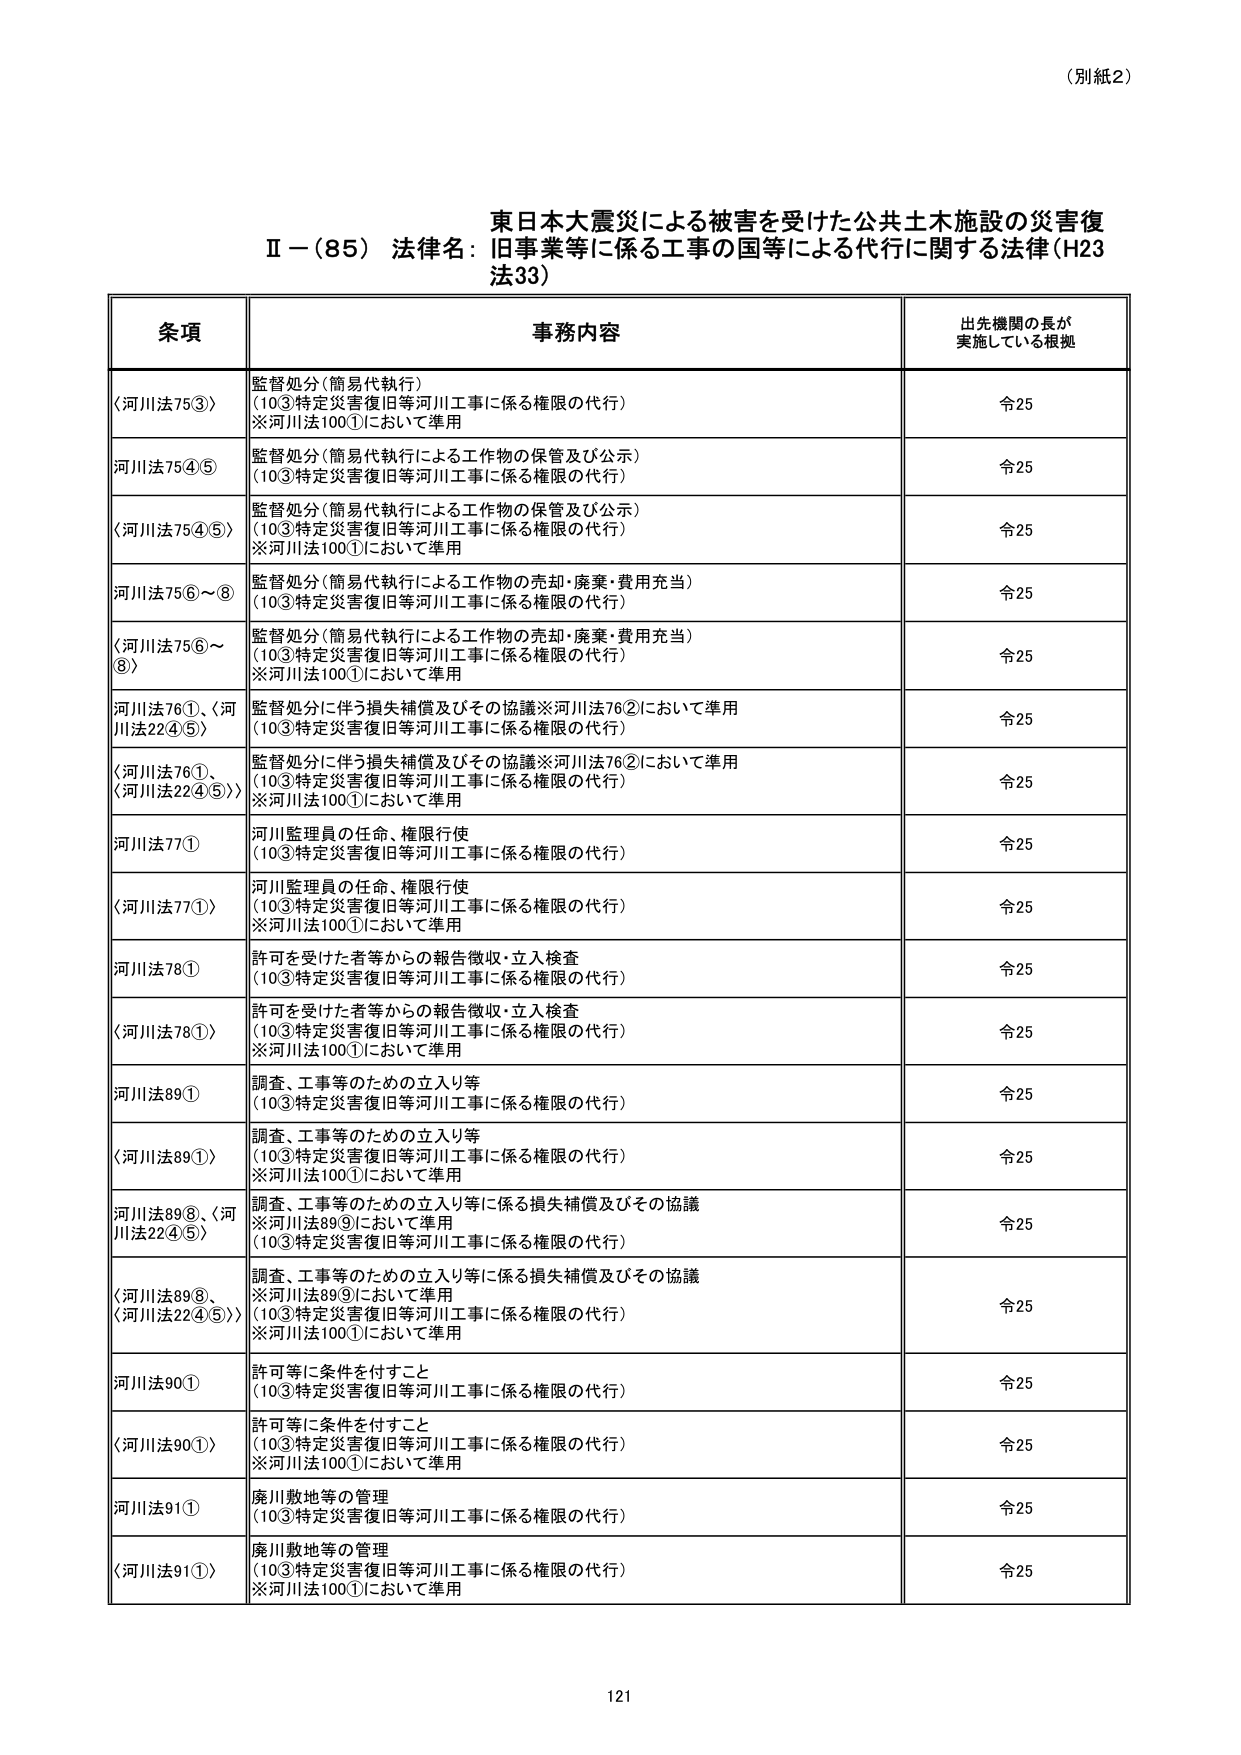
（別紙2）

東日本大震災による被害を受けた公共土木施設の災害復
Ⅱ－（85）法律名：旧事業等に係る工事の国等による代行に関する法律（H23
法33）

条項 事務内容 出先機関の長が
実施している根拠

〈河川法75③〉 監督処分（簡易代執行）
（10③特定災害復旧等河川工事に係る権限の代行）
※河川法100①において準用 令25

河川法75④⑤ 監督処分（簡易代執行による工作物の保管及び公示）
（10③特定災害復旧等河川工事に係る権限の代行） 令25

〈河川法75④⑤〉 監督処分（簡易代執行による工作物の保管及び公示）
（10③特定災害復旧等河川工事に係る権限の代行）
※河川法100①において準用 令25

河川法75⑥～⑧ 監督処分（簡易代執行による工作物の売却・廃棄・費用充当）
（10③特定災害復旧等河川工事に係る権限の代行） 令25

〈河川法75⑥～
⑧〉 監督処分（簡易代執行による工作物の売却・廃棄・費用充当）
（10③特定災害復旧等河川工事に係る権限の代行）
※河川法100①において準用 令25

河川法76①、〈河
川法22④⑤〉 監督処分に伴う損失補償及びその協議※河川法76②において準用
（10③特定災害復旧等河川工事に係る権限の代行） 令25

〈河川法76①、
〈河川法22④⑤〉〉 監督処分に伴う損失補償及びその協議※河川法76②において準用
（10③特定災害復旧等河川工事に係る権限の代行）
※河川法100①において準用 令25

河川法77① 河川監理員の任命、権限行使
（10③特定災害復旧等河川工事に係る権限の代行） 令25

〈河川法77①〉 河川監理員の任命、権限行使
（10③特定災害復旧等河川工事に係る権限の代行）
※河川法100①において準用 令25

河川法78① 許可を受けた者等からの報告徴収・立入検査
（10③特定災害復旧等河川工事に係る権限の代行） 令25

〈河川法78①〉 許可を受けた者等からの報告徴収・立入検査
（10③特定災害復旧等河川工事に係る権限の代行）
※河川法100①において準用 令25

河川法89① 調査、工事等のための立入り等
（10③特定災害復旧等河川工事に係る権限の代行） 令25

〈河川法89①〉 調査、工事等のための立入り等
（10③特定災害復旧等河川工事に係る権限の代行）
※河川法100①において準用 令25

河川法89⑧、〈河
川法22④⑤〉 調査、工事等のための立入り等に係る損失補償及びその協議
※河川法89⑨において準用
（10③特定災害復旧等河川工事に係る権限の代行） 令25

〈河川法89⑧、
〈河川法22④⑤〉〉 調査、工事等のための立入り等に係る損失補償及びその協議
※河川法89⑨において準用
（10③特定災害復旧等河川工事に係る権限の代行）
※河川法100①において準用 令25

河川法90① 許可等に条件を付すこと
（10③特定災害復旧等河川工事に係る権限の代行） 令25

〈河川法90①〉 許可等に条件を付すこと
（10③特定災害復旧等河川工事に係る権限の代行）
※河川法100①において準用 令25

河川法91① 廃川敷地等の管理
（10③特定災害復旧等河川工事に係る権限の代行） 令25

〈河川法91①〉 廃川敷地等の管理
（10③特定災害復旧等河川工事に係る権限の代行）
※河川法100①において準用 令25

121